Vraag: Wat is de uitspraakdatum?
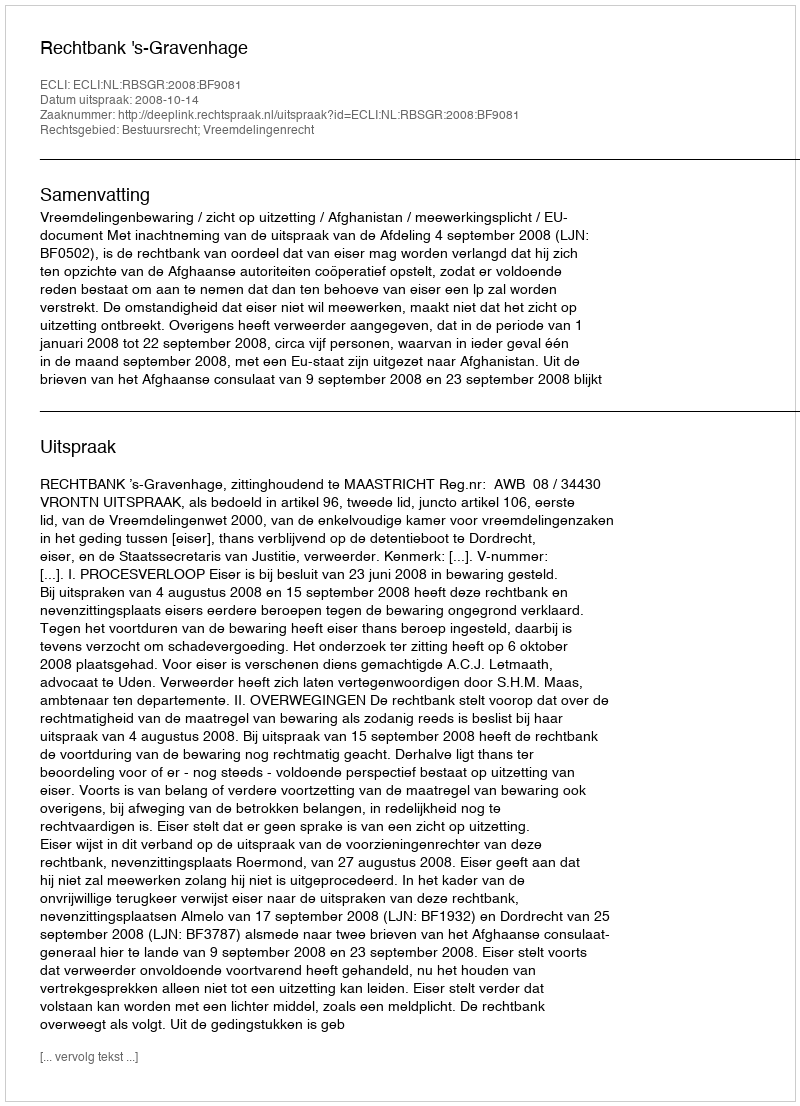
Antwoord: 2008-10-14